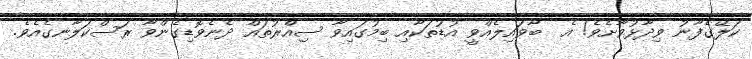
ކަލޭގެފާނު ވިދާޅުވާށެވެ! އެ  ބާވައިލެއްވީ އުޑުތަކާއި ބިމުގައިވާ ސިއްރުތައް ދެނެވޮޑިގެންވާ ރަސްކަލާނގެއެވެ.